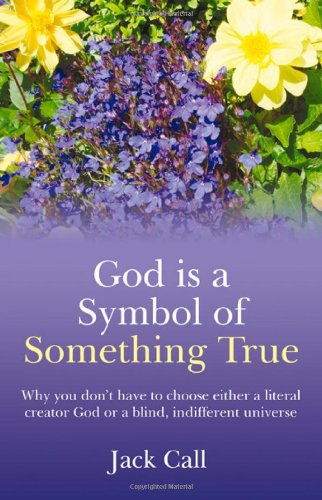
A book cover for God Is A Symbol of Something True: Why You Don't Have to Choose Either a Literal Creator or A Blind, Indifferent Universe; Jack Call; Religion & Spirituality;